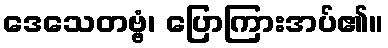
ဒေသေတဗ္ဗံ၊ ပြောကြားအပ်၏။